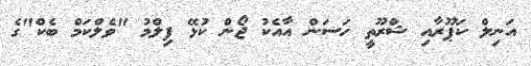
އަނިލް ކަޕޫރާއި ޝްރޫތީ ހަސަން އާއެކު ޖޯން ކުޅޭ ފިލްމު "ވެލްކަމް ބެކް"ގެ